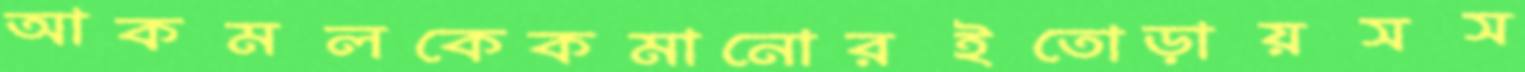
আকমলকেকমানোরইতোড়ায়সস